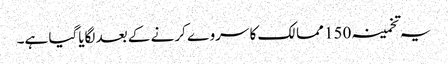
یہ تخمینہ 150 ممالک کا سروے کرنے کے بعد لگایاگیا ہے۔